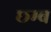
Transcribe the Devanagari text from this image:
छ्म्ब